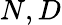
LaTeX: N,D